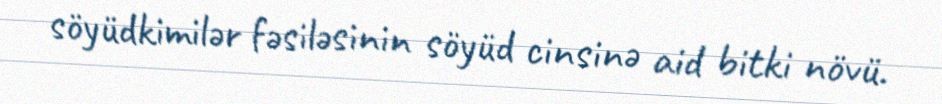
söyüdkimilər fəsiləsinin söyüd cinsinə aid bitki növü.